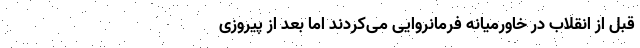
قبل از انقلاب در خاورمیانه فرمانروایی می‌کردند اما بعد از پیروزی